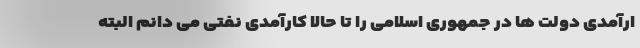
ارآمدی دولت ها در جمهوری اسلامی را تا حالا کارآمدی نفتی می دانم البته